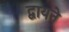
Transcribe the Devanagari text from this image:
द्वायने